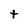
Character: t